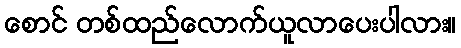
စောင် တစ်ထည်လောက်ယူလာပေးပါလား။